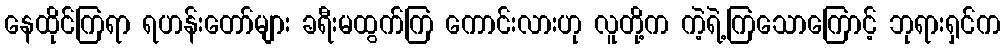
နေထိုင်ကြရာ ရဟန်းတော်များ ခရီးမထွက်ကြ ကောင်းလားဟု လူတို့က ကဲ့ရဲ့ကြသောကြောင့် ဘုရားရှင်က